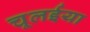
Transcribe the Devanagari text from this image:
चूलईया